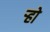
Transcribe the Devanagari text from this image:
ऱ्हो